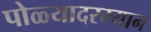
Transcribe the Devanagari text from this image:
पोळ्यादरम्यान